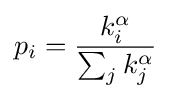
p_{i}={\frac {k_{i}^{\alpha }}{\sum _{j}k_{j}^{\alpha }}}